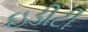
ઇડીટી